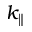
k _ { \parallel }